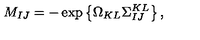
M _ { I J } = - \exp \left\{ \Omega _ { K L } \Sigma _ { I J } ^ { K L } \right\} ,